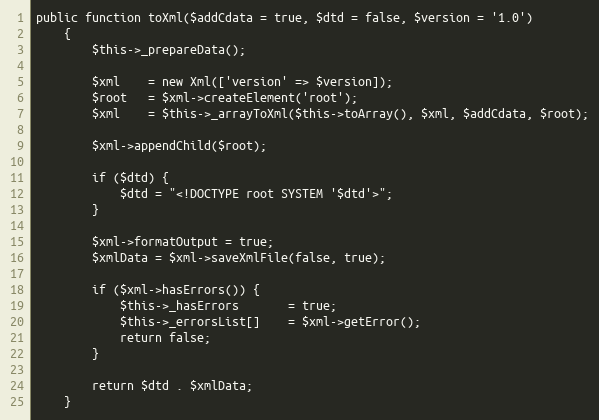
Language: PHP
public function toXml($addCdata = true, $dtd = false, $version = '1.0')
    {
        $this->_prepareData();

        $xml    = new Xml(['version' => $version]);
        $root   = $xml->createElement('root');
        $xml    = $this->_arrayToXml($this->toArray(), $xml, $addCdata, $root);

        $xml->appendChild($root);

        if ($dtd) {
            $dtd = "<!DOCTYPE root SYSTEM '$dtd'>";
        }

        $xml->formatOutput = true;
        $xmlData = $xml->saveXmlFile(false, true);

        if ($xml->hasErrors()) {
            $this->_hasErrors       = true;
            $this->_errorsList[]    = $xml->getError();
            return false;
        }

        return $dtd . $xmlData;
    }